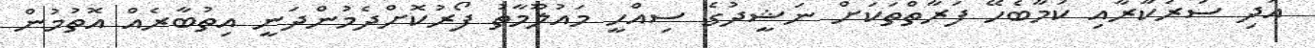
އަދި ސަރުކާރާއި ކަމާބެހޭ ފަރާތްތަކަށް ނަޝީދުގެ ސިއްހީ މައުލޫމާތު ފޯރުކޮށްދެމުންދަނީ އިތުބާރެއް އޮތުމުން